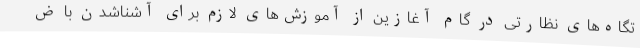
تگاه‌های نظارتی در گام آغازین از آموزش‌های لازم برای آشناشدن با ض